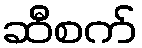
ဆီစက်